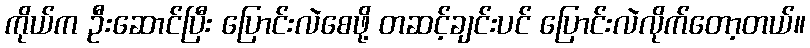
ကိုယ်က ဦးဆောင်ပြီး ပြောင်းလဲစေဖို့ တဆင့်ချင်းပင် ပြောင်းလဲလိုက်တော့တယ်။